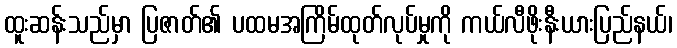
ထူးဆန်းသည်မှာ ပြဇာတ်၏ ပထမအကြိမ်ထုတ်လုပ်မှုကို ကယ်လီဖိုးနီးယားပြည်နယ်၊